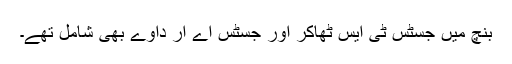
بنچ میں جسٹس ٹی ایس ٹھاکر اور جسٹس اے آر داوے بھی شامل تھے۔